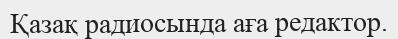
Қазақ радиосында аға редактор.